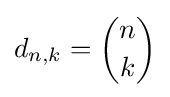
d_{n,k}={\binom {n}{k}}